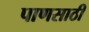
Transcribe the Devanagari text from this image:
पाणसाठी